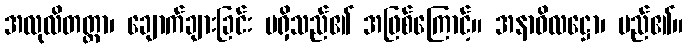
အလုလိတတ္တာ၊ ချောက်ချားခြင်း မရှိသည်၏ အဖြစ်ကြောင့်။ အနာဝိလဋ္ဌော၊ မည်၏။